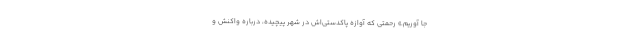
جا آوریم.» رحمتی که آوازه پاکدستی‌اش در شهر پیچیده، درباره واکنش و